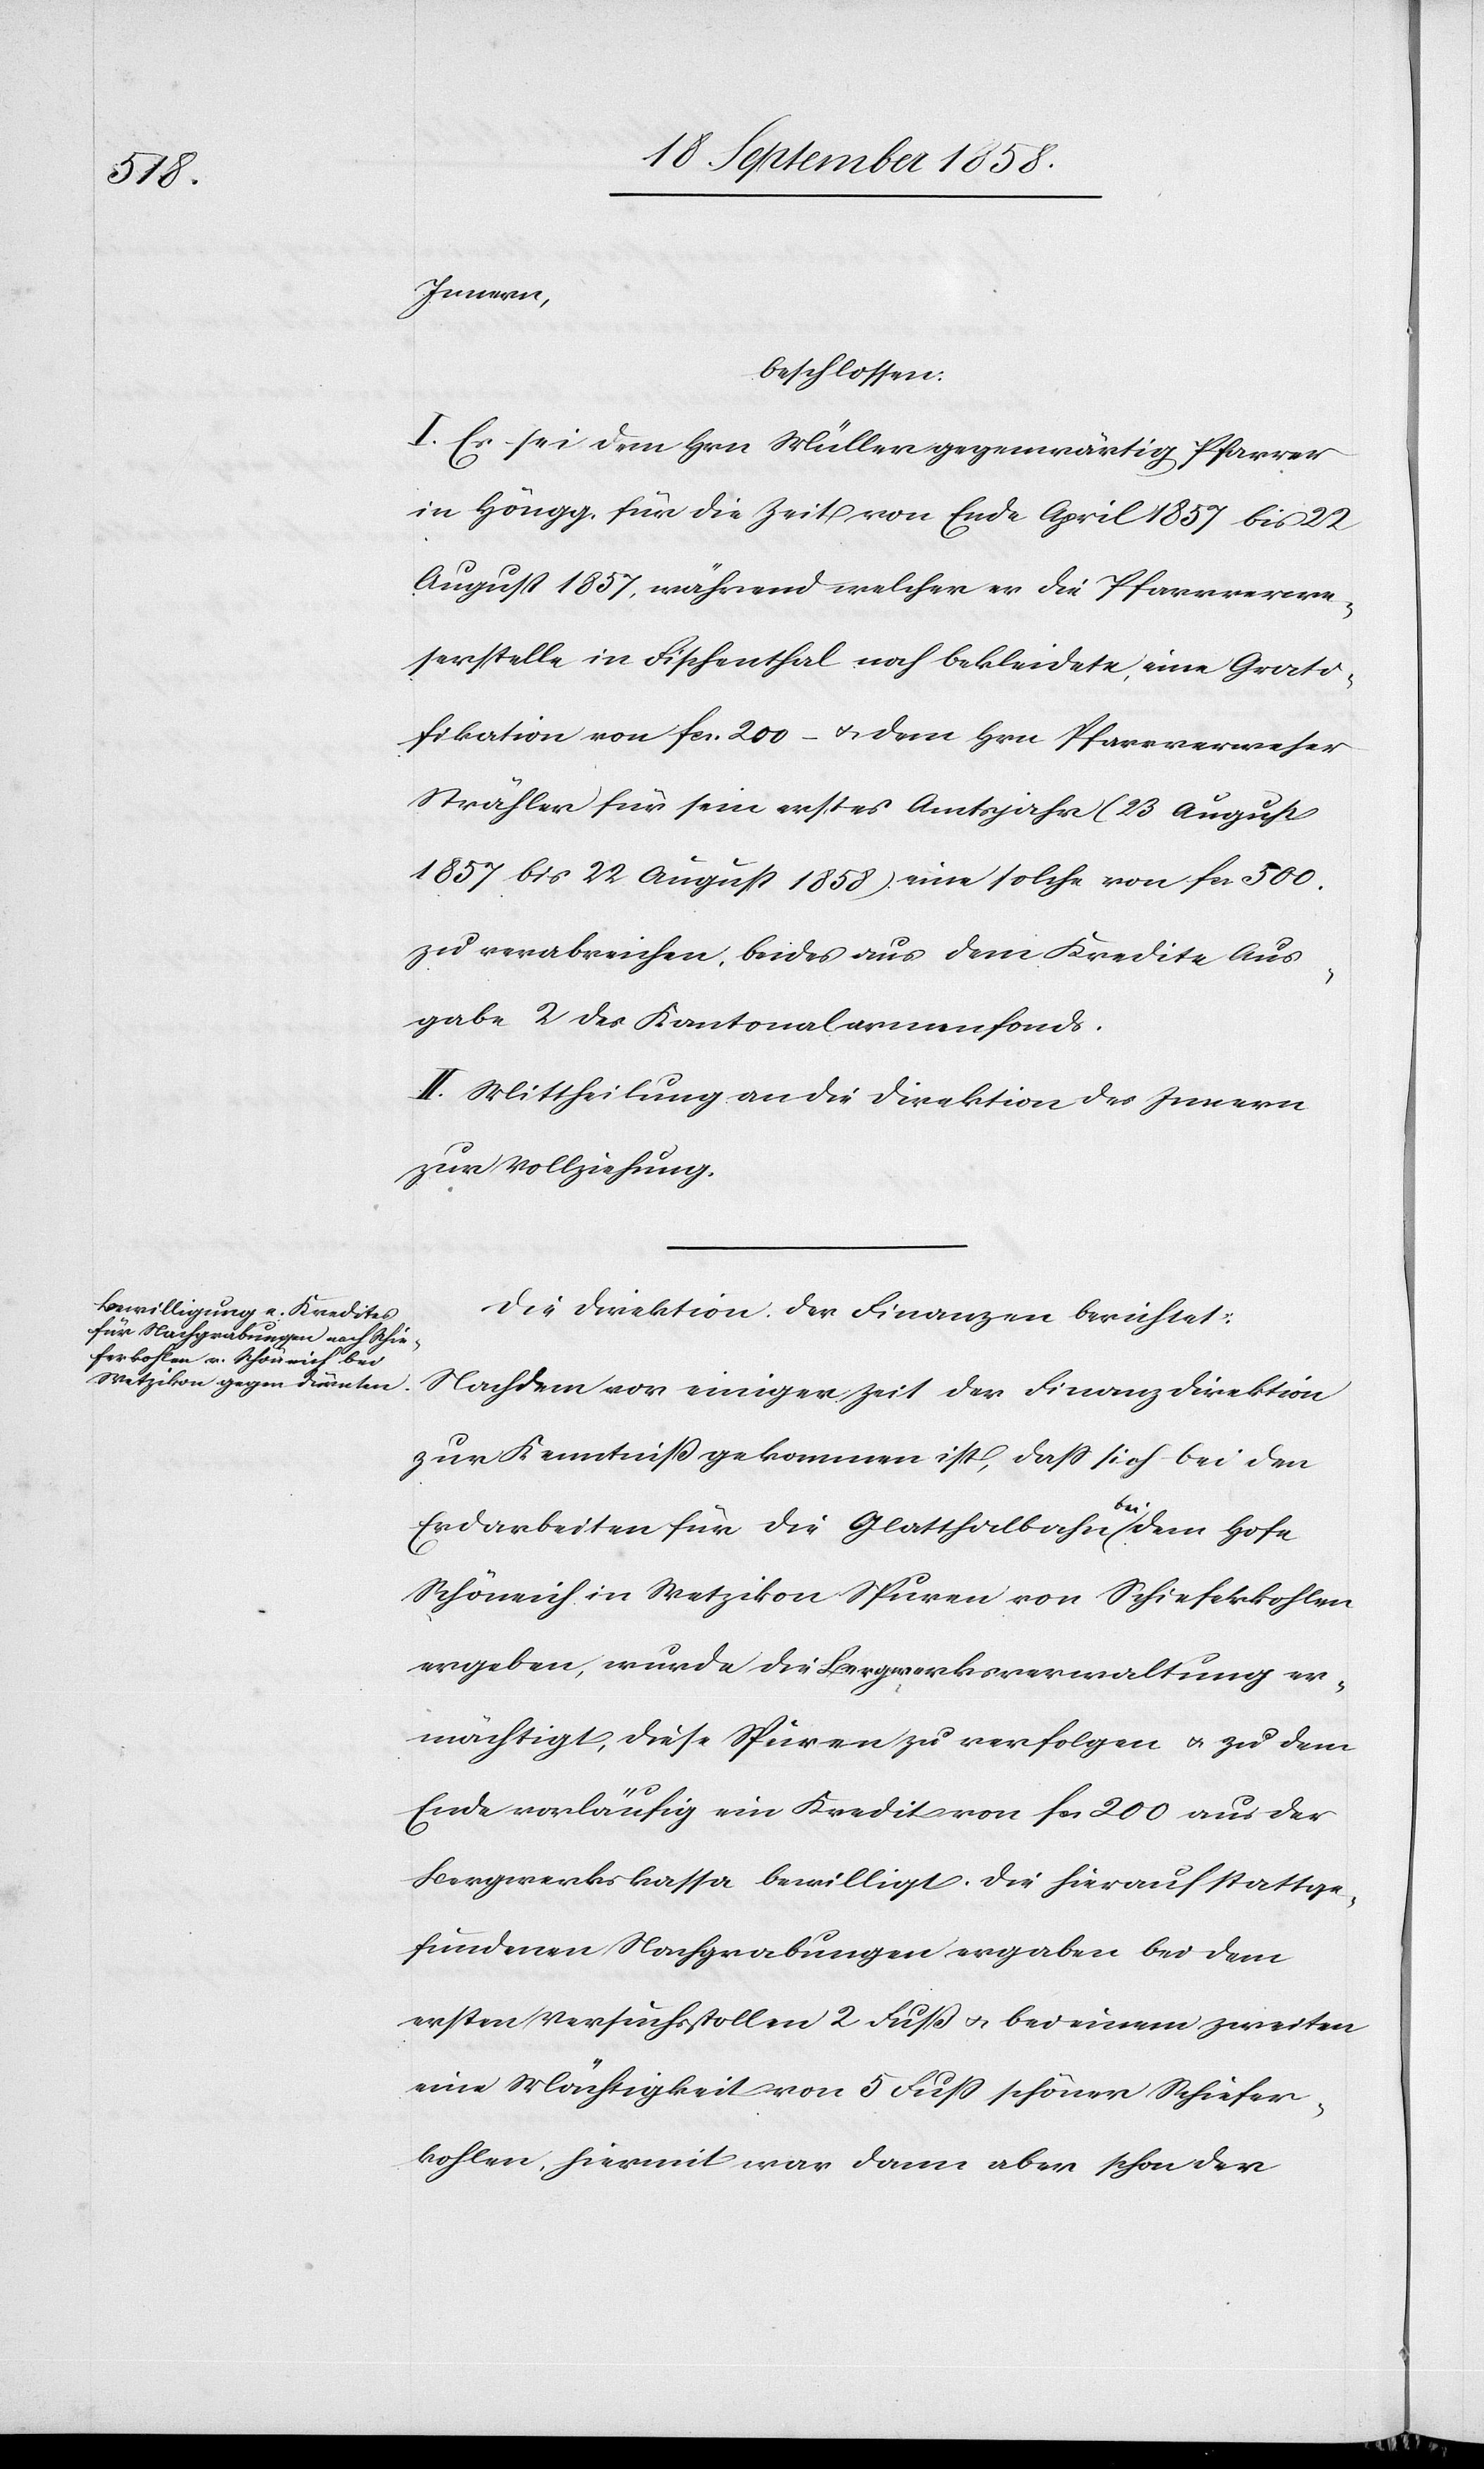
Innern,
beschlossen:
I. Es sei dem Hrn. Müller gegenwärtig Pfarrer
in Höngg, für die Zeit von Ende April 1857 bis 22
August 1857, während welcher er die Pfarrverwe¬
serstelle in Fischenthal noch bekleidete, eine Grati¬
fikation von fcs. 200 – & dem Hrn. Pfarrverweser
Strähler [sic!] für sein erstes Amtsjahr (23 August
1857 bis 22 August 1858) eine solche von fcs. 500.
zu verabreichen, beides aus dem Kredite Aus¬
gabe 2 des Kantonalarmenfonds.
II. Mittheilung an die Direktion des Innern
zur Vollziehung.
Die Direktion der Finanzen berichtet:
Nachdem vor einiger Zeit der Finanzdirektion
zur Kenntniß gekommen ist, dass sich bei den
Erdarbeiten für die Glatthalbahn bei dem Hofe
Schöneich in Wetzikon Spuren von Schieferkohlen
ergeben, wurde die Bergwerksverwaltung er¬
mächtigt, diese Spuren zu verfolgen & zu dem
Ende vorläufig ein Kredit von fcs. 200 aus der
Bergwerkskassa bewilligt. Die hierauf stattge¬
fundenen Nachgrabungen ergaben bei dem
ersten Versuchsstollen 2 Fuß & bei einem zweiten
eine Mächtigkeit von 5 Fuss schöner Schiefer¬
kohlen; hiermit war dann aber schon der